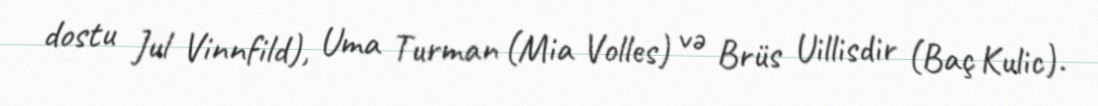
dostu Jul Vinnfild), Uma Turman (Mia Volles) və Brüs Uillisdir (Baç Kulic).